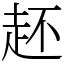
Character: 䞜